Vao_vallavalitsus, lk 21
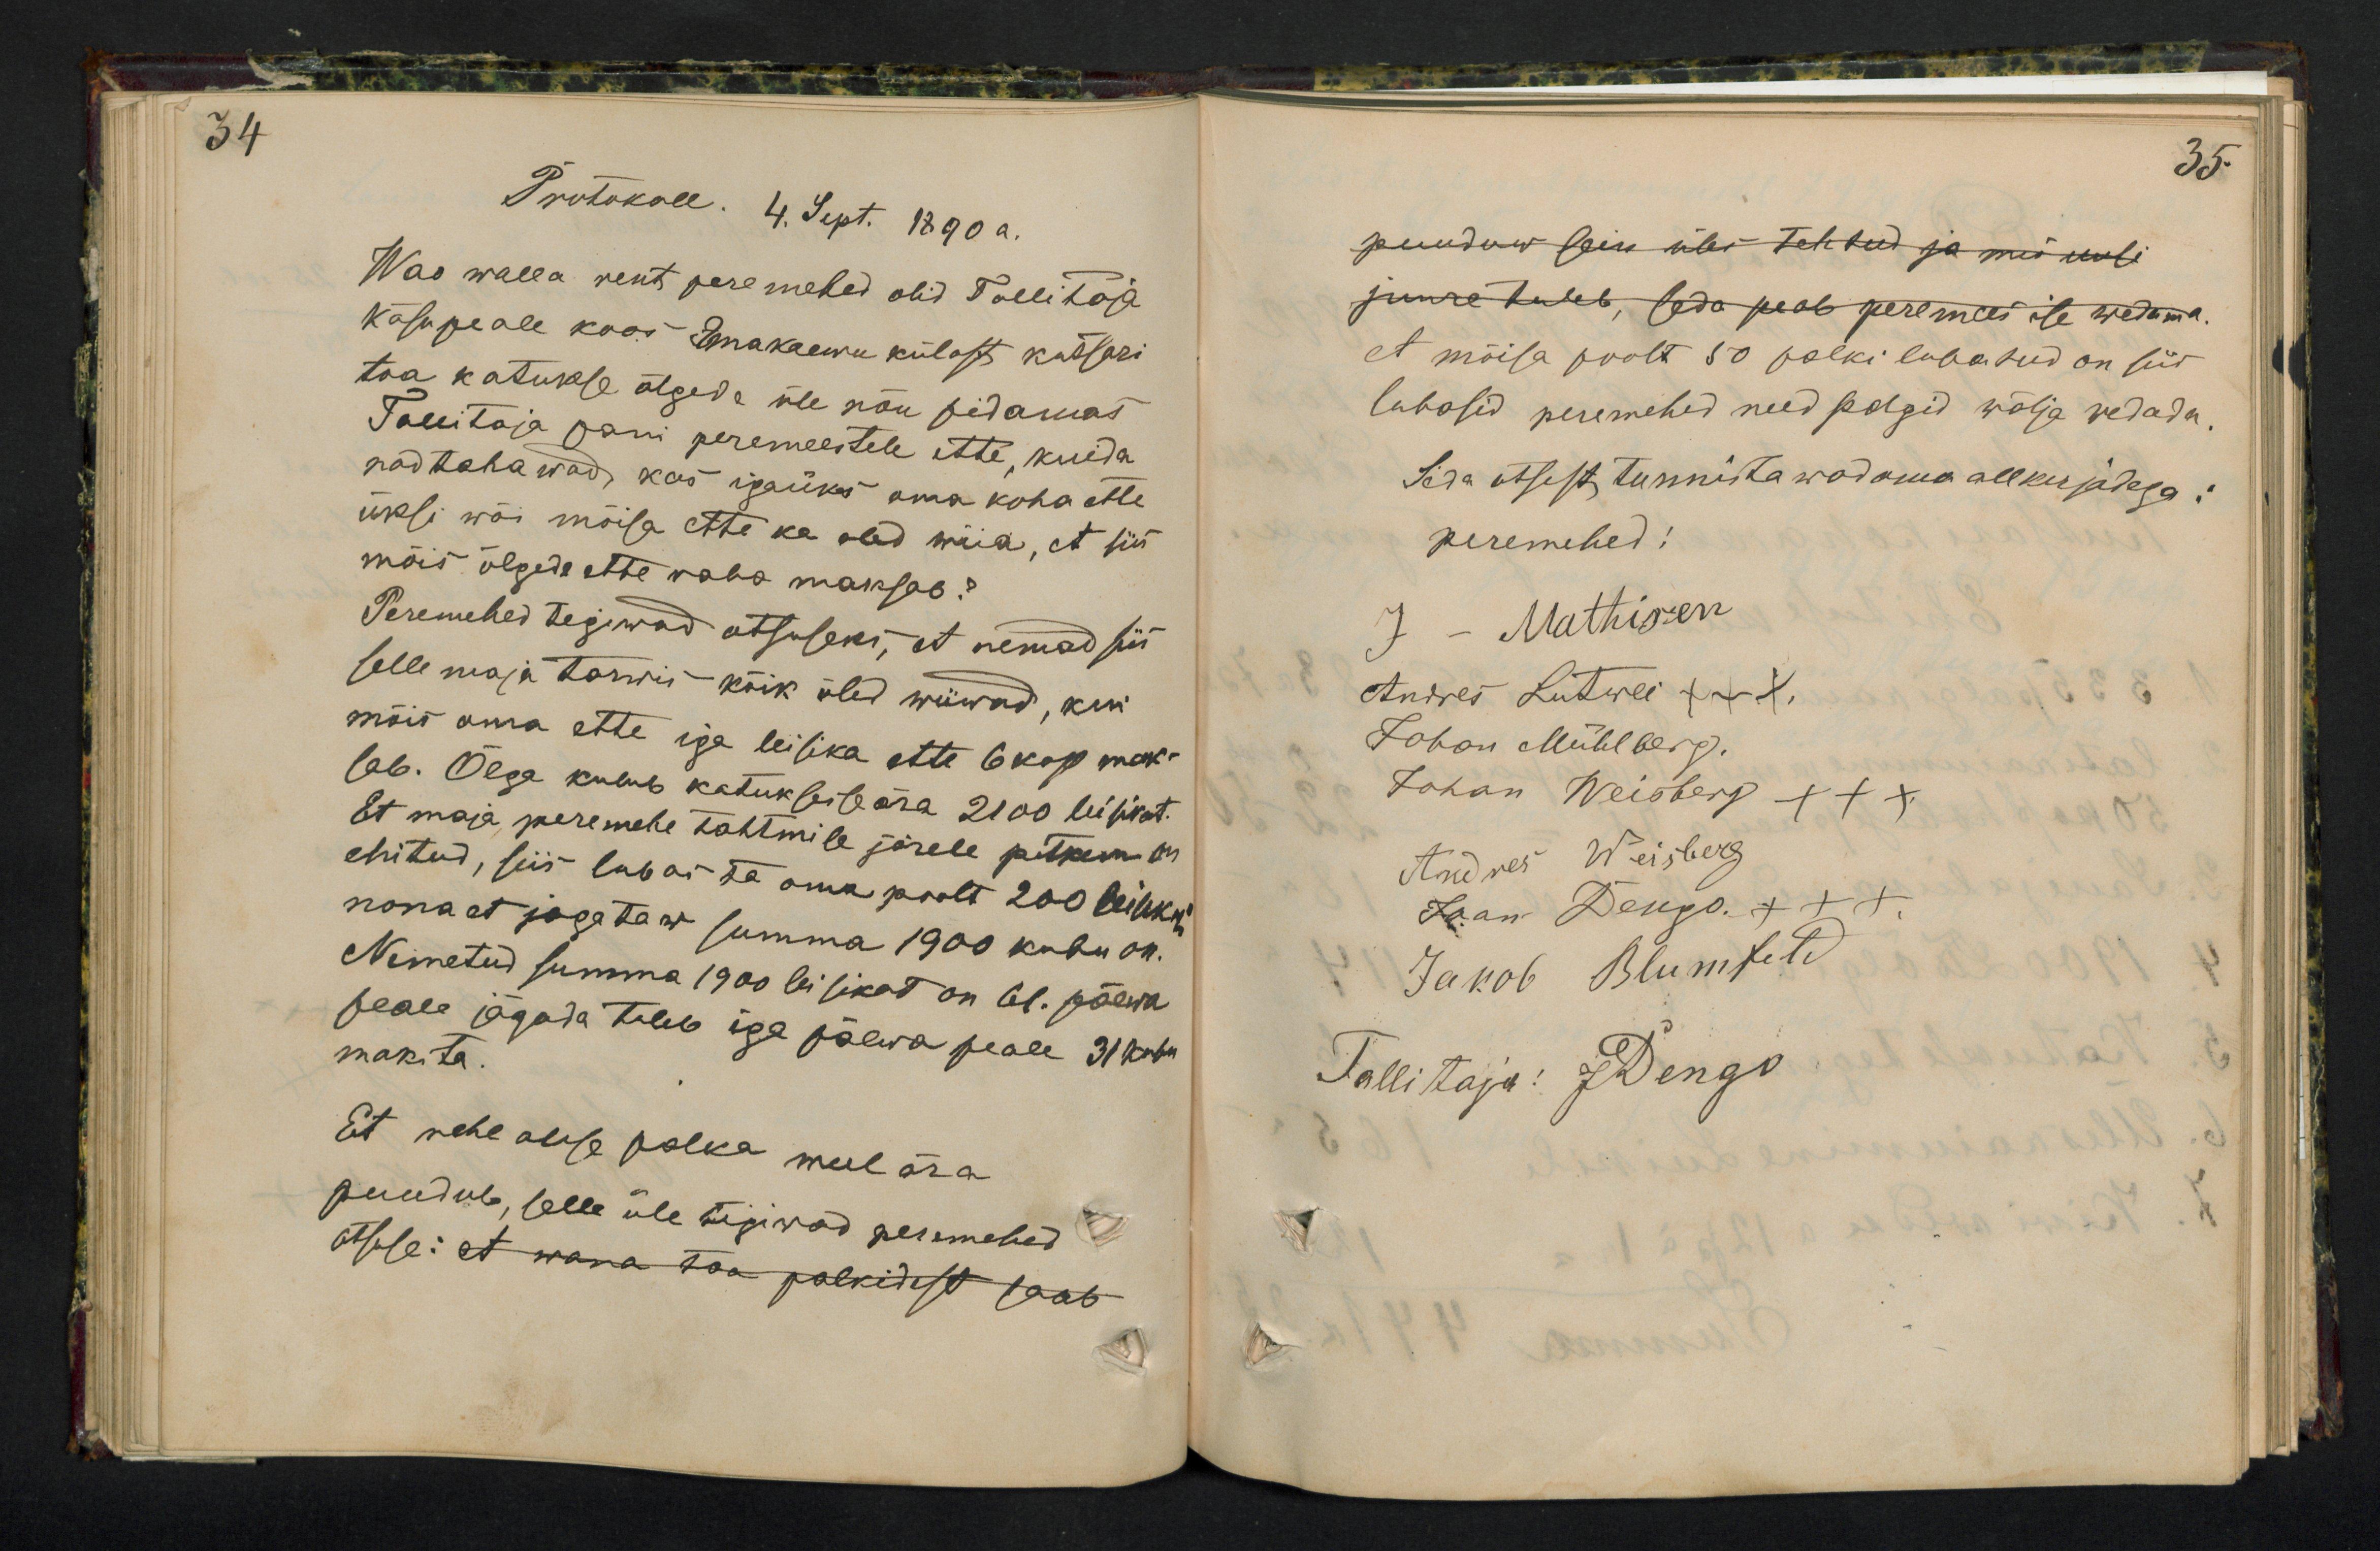
34

35.

Protokoll. 4. Sept. 1890 a.
Wao walla rent pere mehed olid Tallitaja
Käsu peale koos Pamakaewu külast katsari
toa katukse õlgede üle nõu pidamas.
Tallitaja pani peremeestele ette kuida
nad tahawad, kas igaüks oma koha ette
üksi wõi mõisa ette ka olid müa, et siis
mõis õlgede ette raha maksab?
Peremehed tegiwad otsuseks, et nemad siis
selle maja tarwis kõik õled wiiwad, kui
mõis oma ette iga leisika ette 6 kop mak-
sab. Õlga kulub katukseile ära 2100 leisikat.
Et maja peremehe tahtmile järele pitkem on
ehitud, siis lubas ta oma poolt 200 lükki
nona et jagataw summa 1900 kubu on.
Nimetud summa 1900 leisikat on 61 päewa
peale jagada tuleb iga päewa peale 31 kubu
maksta.
Et mehe olese palka meel ära
puudub, selle üle tingiwad peremehed
otsuse: et wana toa palkidest saab

puuduw sein üles tehtud ja nii uusi
juure tuleb, seda peab peremees ise wedama.
et mõisa poolt 50 palki lubatud on siis
lubasid peremehed need palgid wälja wedada.
Seda otsust tunnistawad oma allkirjadega.
peremehed:
J - Mathisen
Andres Lutwei xxx
Johan Mühlberg.
Johan Weisberg XXX
Andres Weisberg
Jaan Dengo XXX
Jakob Blumfeld
Tallitaja: J Dengo